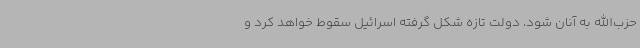
حزب‌الله به آنان شود، دولت تازه شکل گرفته اسرائیل سقوط خواهد کرد و